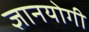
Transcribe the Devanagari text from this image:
ज्ञानयोगी